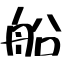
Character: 船